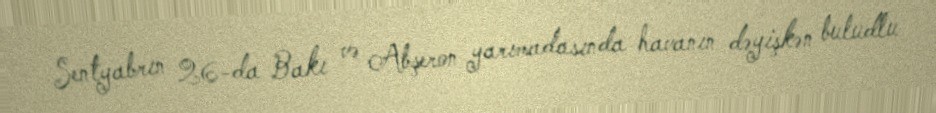
Sentyabrın 26-da Bakı və Abşeron yarımadasında havanın dəyişkən buludlu